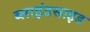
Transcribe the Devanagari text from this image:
ब्लाइंडसाइड